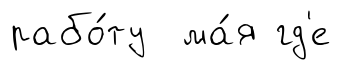
рабо́ту ма́я гд'е